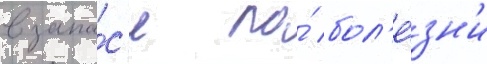
в запа́с'е по́ бол'е́зн'и